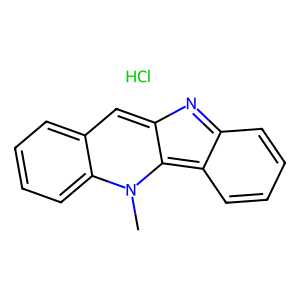
SMILES: Cl.Cn1c2c3ccccc3nc-2cc2ccccc21
Inhibits HIV replication: No